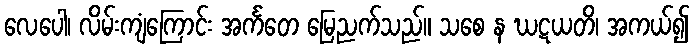
လေပေါ၊ လိမ်းကျံကြောင်း အင်္ကတေ မြေညက်သည်။ သစေ န ဃဋယတိ၊ အကယ်၍